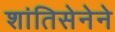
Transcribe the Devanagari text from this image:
शांतिसेनेने